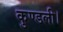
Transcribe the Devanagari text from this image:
कुण्डली।